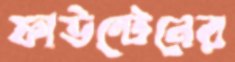
ফাউন্টেনের